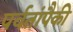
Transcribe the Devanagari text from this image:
पर्वतांपैकी